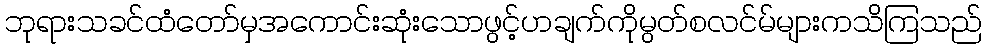
ဘုရားသခင်ထံတော်မှအကောင်းဆုံးသောဖွင့်ဟချက်ကိုမွတ်စလင်မ်များကသိကြသည်